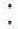
: